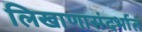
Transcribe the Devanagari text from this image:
लिखाणासंदर्भात